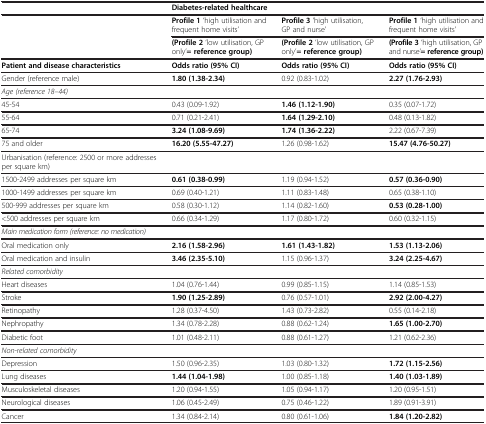
<table><thead><tr><td><b> </b></td><td colspan="3"><b>Diabetes-related healthcare</b></td></tr></thead><tbody><tr><td rowspan="2"> </td><td><b>Profile 1</b> ‘high utilisation and frequent home visits’</td><td><b>Profile 3</b> ‘high utilisation, GP and nurse’</td><td><b>Profile 1</b> ‘high utilisation and frequent home visits’</td></tr><tr><td><b>(Profile 2</b> ‘low utilisation, GP only’<b>= reference group)</b></td><td><b>(Profile 2</b> ‘low utilisation, GP only’<b>= reference group)</b></td><td><b>(Profile 3</b> ‘high utilisation, GP and nurse’<b>= reference group)</b></td></tr><tr><td><b>Patient and disease characteristics</b></td><td><b>Odds ratio (95% CI)</b></td><td><b>Odds ratio (95% CI)</b></td><td><b>Odds ratio (95% CI)</b></td></tr><tr><td>Gender (reference male)</td><td><b>1.80 (1.38-2.34)</b></td><td>0.92 (0.83-1.02)</td><td><b>2.27 (1.76-2.93)</b></td></tr><tr><td><i>Age (reference 18–44)</i></td><td> </td><td> </td><td> </td></tr><tr><td>45-54</td><td>0.43 (0.09-1.92)</td><td><b>1.46 (1.12-1.90)</b></td><td>0.35 (0.07-1.72)</td></tr><tr><td>55-64</td><td>0.71 (0.21-2.41)</td><td><b>1.64 (1.29-2.10)</b></td><td>0.48 (0.13-1.82)</td></tr><tr><td>65-74</td><td><b>3.24 (1.08-9.69)</b></td><td><b>1.74 (1.36-2.22)</b></td><td>2.22 (0.67-7.39)</td></tr><tr><td>75 and older</td><td><b>16.20 (5.55-47.27)</b></td><td>1.26 (0.98-1.62)</td><td><b>15.47 (4.76-50.27)</b></td></tr><tr><td>Urbanisation (reference: 2500 or more addresses per square km)</td><td> </td><td> </td><td> </td></tr><tr><td>1500-2499 addresses per square km</td><td><b>0.61 (0.38-0.99)</b></td><td>1.19 (0.94-1.52)</td><td><b>0.57 (0.36-0.90)</b></td></tr><tr><td>1000-1499 addresses per square km</td><td>0.69 (0.40-1.21)</td><td>1.11 (0.83-1.48)</td><td>0.65 (0.38-1.10)</td></tr><tr><td>500-999 addresses per square km</td><td>0.58 (0.30-1.12)</td><td>1.14 (0.82-1.60)</td><td><b>0.53 (0.28-1.00)</b></td></tr><tr><td>&lt;500 addresses per square km</td><td>0.66 (0.34-1.29)</td><td>1.17 (0.80-1.72)</td><td>0.60 (0.32-1.15)</td></tr><tr><td><i>Main medication form (reference: no medication)</i></td><td> </td><td> </td><td> </td></tr><tr><td>Oral medication only</td><td><b>2.16 (1.58-2.96)</b></td><td><b>1.61 (1.43-1.82)</b></td><td><b>1.53 (1.13-2.06)</b></td></tr><tr><td>Oral medication and insulin</td><td><b>3.46 (2.35-5.10)</b></td><td>1.15 (0.96-1.37)</td><td><b>3.24 (2.25-4.67)</b></td></tr><tr><td><i>Related comorbidity</i></td><td> </td><td> </td><td> </td></tr><tr><td>Heart diseases</td><td>1.04 (0.76-1.44)</td><td>0.99 (0.85-1.15)</td><td>1.14 (0.85-1.53)</td></tr><tr><td>Stroke</td><td><b>1.90 (1.25-2.89)</b></td><td>0.76 (0.57-1.01)</td><td><b>2.92 (2.00-4.27)</b></td></tr><tr><td>Retinopathy</td><td>1.28 (0.37-4.50)</td><td>1.43 (0.73-2.82)</td><td>0.55 (0.14-2.18)</td></tr><tr><td>Nephropathy</td><td>1.34 (0.78-2.28)</td><td>0.88 (0.62-1.24)</td><td><b>1.65 (1.00-2.70)</b></td></tr><tr><td>Diabetic foot</td><td>1.01 (0.48-2.11)</td><td>0.88 (0.61-1.27)</td><td>1.21 (0.62-2.36)</td></tr><tr><td><i>Non-related comorbidity</i></td><td> </td><td> </td><td> </td></tr><tr><td>Depression</td><td>1.50 (0.96-2.35)</td><td>1.03 (0.80-1.32)</td><td><b>1.72 (1.15-2.56)</b></td></tr><tr><td>Lung diseases</td><td><b>1.44 (1.04-1.98)</b></td><td>1.00 (0.85-1.18)</td><td><b>1.40 (1.03-1.89)</b></td></tr><tr><td>Musculoskeletal diseases</td><td>1.20 (0.94-1.55)</td><td>1.05 (0.94-1.17)</td><td>1.20 (0.95-1.51)</td></tr><tr><td>Neurological diseases</td><td>1.06 (0.45-2.49)</td><td>0.75 (0.46-1.22)</td><td>1.89 (0.91-3.91)</td></tr><tr><td>Cancer</td><td>1.34 (0.84-2.14)</td><td>0.80 (0.61-1.06)</td><td><b>1.84 (1.20-2.82)</b></td></tr></tbody></table>